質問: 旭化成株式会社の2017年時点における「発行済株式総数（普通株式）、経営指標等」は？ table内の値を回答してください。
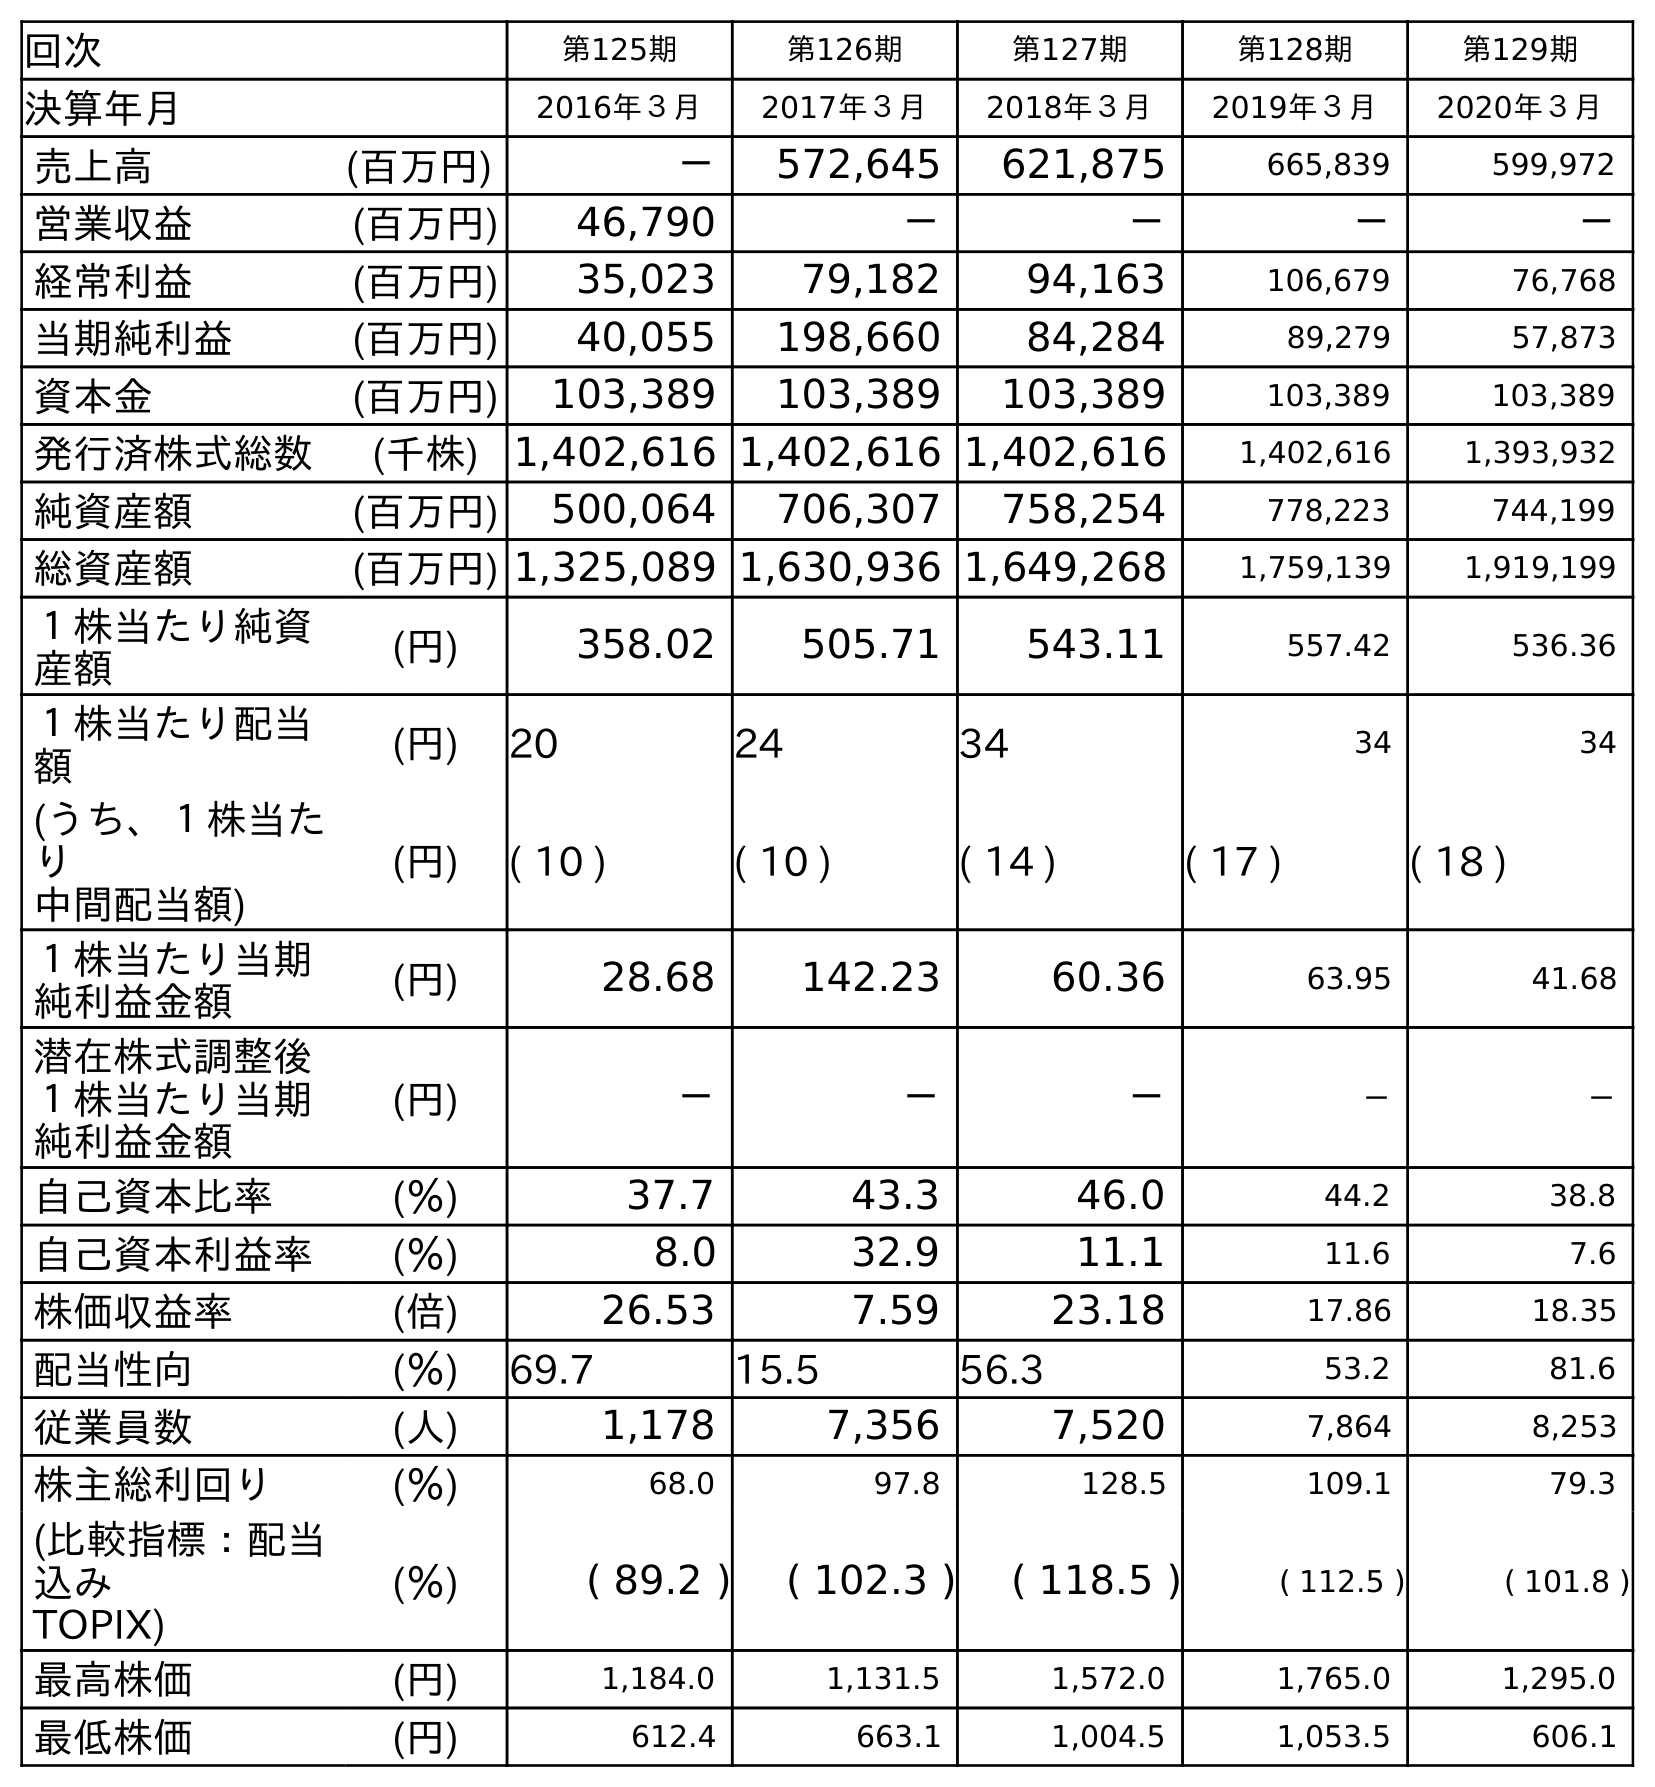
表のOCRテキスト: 回次 第125期 第126期 第127期 第128期 第129期 決算年月 2016年３月 2017年３月 2018年３月 2019年３月 2020年３月 売上高 (百万円) － 572,645 621,875 665,839 599,972 営業収益 (百万円) 46,790 － － － － 経常利益 (百万円) 35,023 79,182 94,163 106,679 76,768 当期純利益 (百万円) 40,055 198,660 84,284 89,279 57,873 資本金 (百万円) 103,389 103,389 103,389 103,389 103,389 発行済株式総数 (千株) 1,402,616 1,402,616 1,402,616 1,402,616 1,393,932 純資産額 (百万円) 500,064 706,307 758,254 778,223 744,199 総資産額 (百万円) 1,325,089 1,630,936 1,649,268 1,759,139 1,919,199 １株当たり純資 産額 (円) 358.02 505.71 543.11 557.42 536.36 １株当たり配当 額 (円) 20 24 34 34 34 (うち、１株当た り 中間配当額) (円) ( 10 ) ( 10 ) ( 14 ) ( 17 ) ( 18 ) １株当たり当期 純利益金額 (円) 28.68 142.23 60.36 63.95 41.68 潜在株式調整後 １株当たり当期 純利益金額 (円) － － － － － 自己資本比率 (％) 37.7 43.3 46.0 44.2 38.8 自己資本利益率 (％) 8.0 32.9 11.1 11.6 7.6 株価収益率 (倍) 26.53 7.59 23.18 17.86 18.35 配当性向 (％) 69.7 15.5 56.3 53.2 81.6 従業員数 (人) 1,178 7,356 7,520 7,864 8,253 株主総利回り (％) 68.0 97.8 128.5 109.1 79.3 (比較指標：配当 込み TOPIX) (％) ( 89.2 ) ( 102.3 ) ( 118.5 ) ( 112.5 ) ( 101.8 ) 最高株価 (円) 1,184.0 1,131.5 1,572.0 1,765.0 1,295.0 最低株価 (円) 612.4 663.1 1,004.5 1,053.5 606.1
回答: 1,402,616